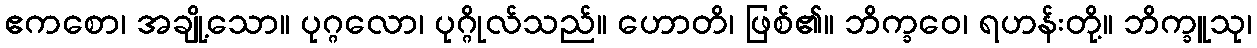
ဧကစော၊ အချို့သော။ ပုဂ္ဂလော၊ ပုဂ္ဂိုလ်သည်။ ဟောတိ၊ ဖြစ်၏။ ဘိက္ခဝေ၊ ရဟန်းတို့။ ဘိက္ခူသု၊